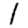
Digit: 1